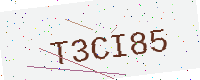
Text: T3CI85